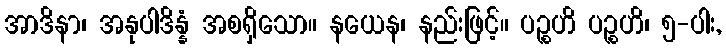
အာဒိနာ၊ အနုပါဒိန္နံ အစရှိသော။ နယေန၊ နည်းဖြင့်။ ပဉ္စဟိ ပဉ္စဟိ၊ ၅-ပါး,